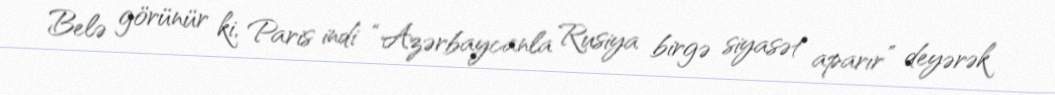
Belə görünür ki, Paris indi “Azərbaycanla Rusiya birgə siyasət aparır” deyərək